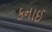
કનાઈ